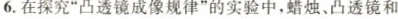
6.在探究”凸透镜成像规律”的实验中，蜡烛、凸透镜和